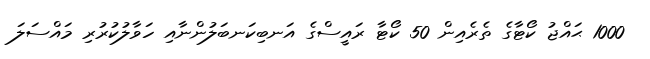
1000 ޙައްޖު ކޯޓާގެ ތެރެއިން 50 ކޯޓާ ރައީސްގެ އަނބިކަނބަލުންނާއި ހަވާލުކުރުރި މައްސަލަ